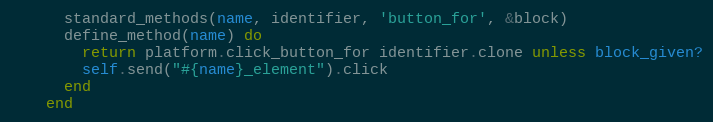
Language: Ruby
      standard_methods(name, identifier, 'button_for', &block)
      define_method(name) do
        return platform.click_button_for identifier.clone unless block_given?
        self.send("#{name}_element").click
      end
    end